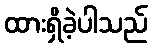
ထားရှိခဲ့ပါသည်